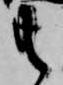
共